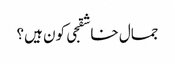
جمال خاشقجی کون ہیں؟